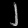
Digit: ၂